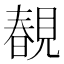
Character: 𧡲